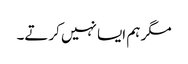
مگر ہم ایسا نہیں کرتے۔